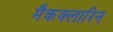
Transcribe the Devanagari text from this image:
मैकक्लारिन